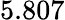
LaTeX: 5.807